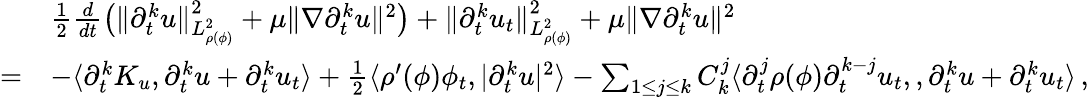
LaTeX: \begin{array}{rl}&{\frac{1}{2}\frac{d}{dt}\big(\| \partial_{t}^{k}u\| _{L_{\rho(\phi)}^{2}}^{2}+\mu\| \nabla\partial_{t}^{k}u\| ^{2}\big)+\| \partial_{t}^{k}u_{t}\| _{L_{\rho(\phi)}^{2}}^{2}+\mu\| \nabla\partial_{t}^{k}u\| ^{2}}\\ {=}&{-\langle\partial_{t}^{k}K_{u},\partial_{t}^{k}u+\partial_{t}^{k}u_{t}\rangle+\frac{1}{2}\langle\rho^{\prime}(\phi)\phi_{t},|\partial_{t}^{k}u|^{2}\rangle-\sum_{1\leq j\leq k}C_{k}^{j}\langle\partial_{t}^{j}\rho(\phi)\partial_{t}^{k-j}u_{t},,\partial_{t}^{k}u+\partial_{t}^{k}u_{t}\rangle\, ,}\end{array}